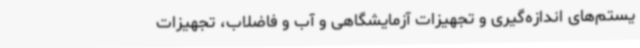
یستم‌های اندازه‌گیری و تجهیزات آزمایشگاهی و آب و فاضلاب، تجهیزات